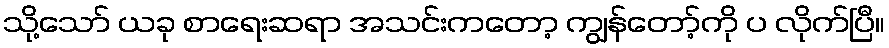
သို့သော် ယခု စာရေးဆရာ အသင်းကတော့ ကျွန်တော့်ကို ပ လိုက်ပြီ။